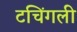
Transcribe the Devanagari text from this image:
टचिंगली